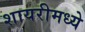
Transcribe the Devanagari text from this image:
शायरीमध्ये